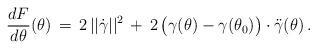
\begin{align*}\frac{dF}{d\theta}(\theta)\,=\,2\,||\dot{\gamma}||^2 \,+\, 2 \,\big(\gamma(\theta) - \gamma(\theta_0)\big)\cdot\ddot{\gamma}(\theta)\,.\end{align*}